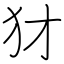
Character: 犲